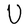
Character: U